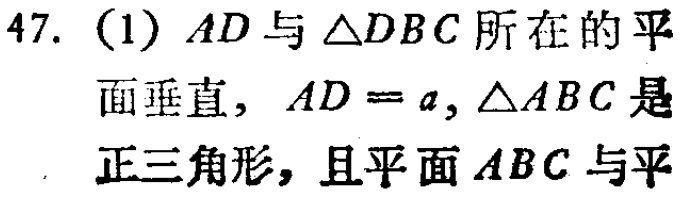
47. (1) \(AD\)与\(\triangle DBC\)所在的平
面垂直，\(AD = a\)，\(\triangle ABC\)是
正三角形，且平面\(ABC\)与平